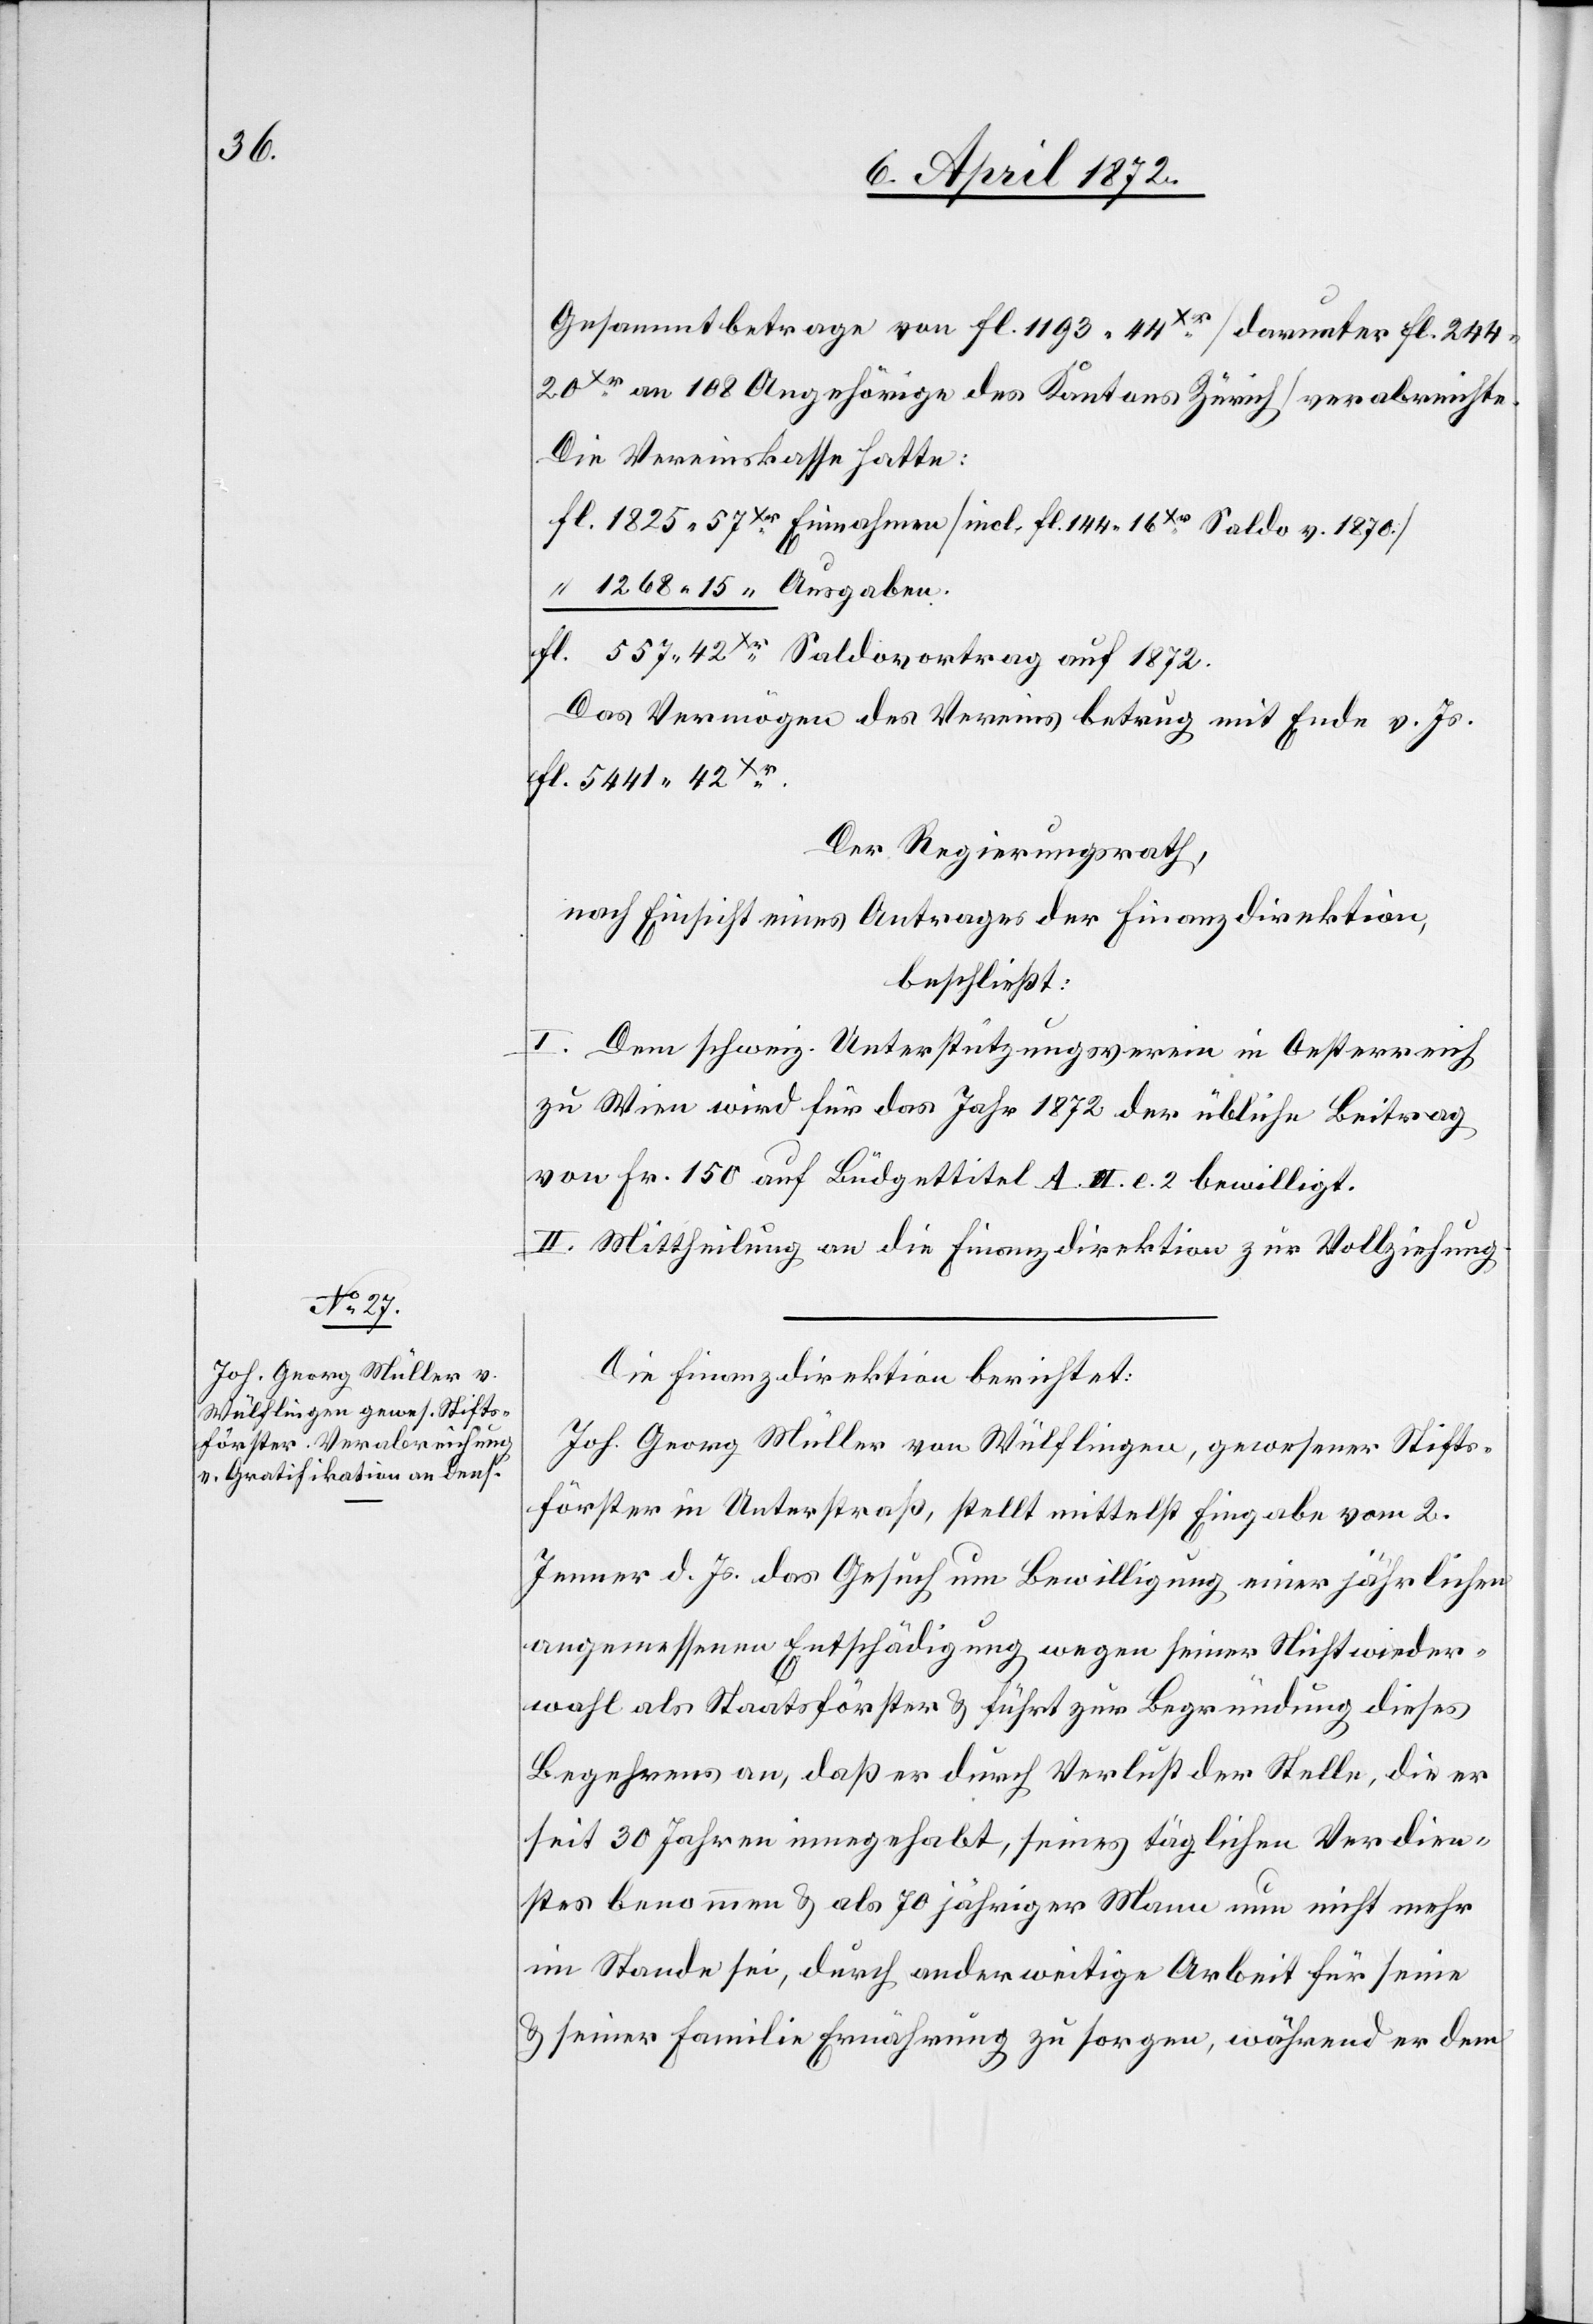
Gesammtbetrage von Fl. 1193 44xr [darunter Fl. 244
20xr an 108 Angehörige des Kantons Zürich] verabreichte.
Die Vereinskasse hatte;
Das Vermögen des Vereins betrug mit Ende v. Js.
Der Regierungsrath,
nach Einsicht eines Antrages der Finanzdirektion,
beschließt:
I. Dem schweiz. Unterstützungsverein in Oesterreich
zu Wien wird für das Jahr 1872 der übliche Beitrag
von Fr. 150 auf Büdgettitel A. II. e. 2 bewilligt.
II. Mittheilung an die Finanzdirektion zur Vollziehung.
Die Finanzdirektion berichtet:
Joh. Georg Müller von Wülflingen, gewesener Stifts¬
förster in Unterstraß, stellt mittelst Eingabe vom 2.
Jenner d. Js. das Gesuch um Bewilligung einer jährlichen
angemessenen Entschädigung wegen seiner Nichtwieder¬
wahl als Staatsförster u. führt zur Begründung dieses
Begehrens an, daß er durch Verlust der Stelle, die er
seit 30 Jahren innegehabt, seines täglichen Verdien¬
stes benommen u. als 70 jähriger Mann nun nicht mehr
im Stande sei, durch anderweitige Arbeit für seine
u. seiner Familie Ernährung zu sorgen, während er dem